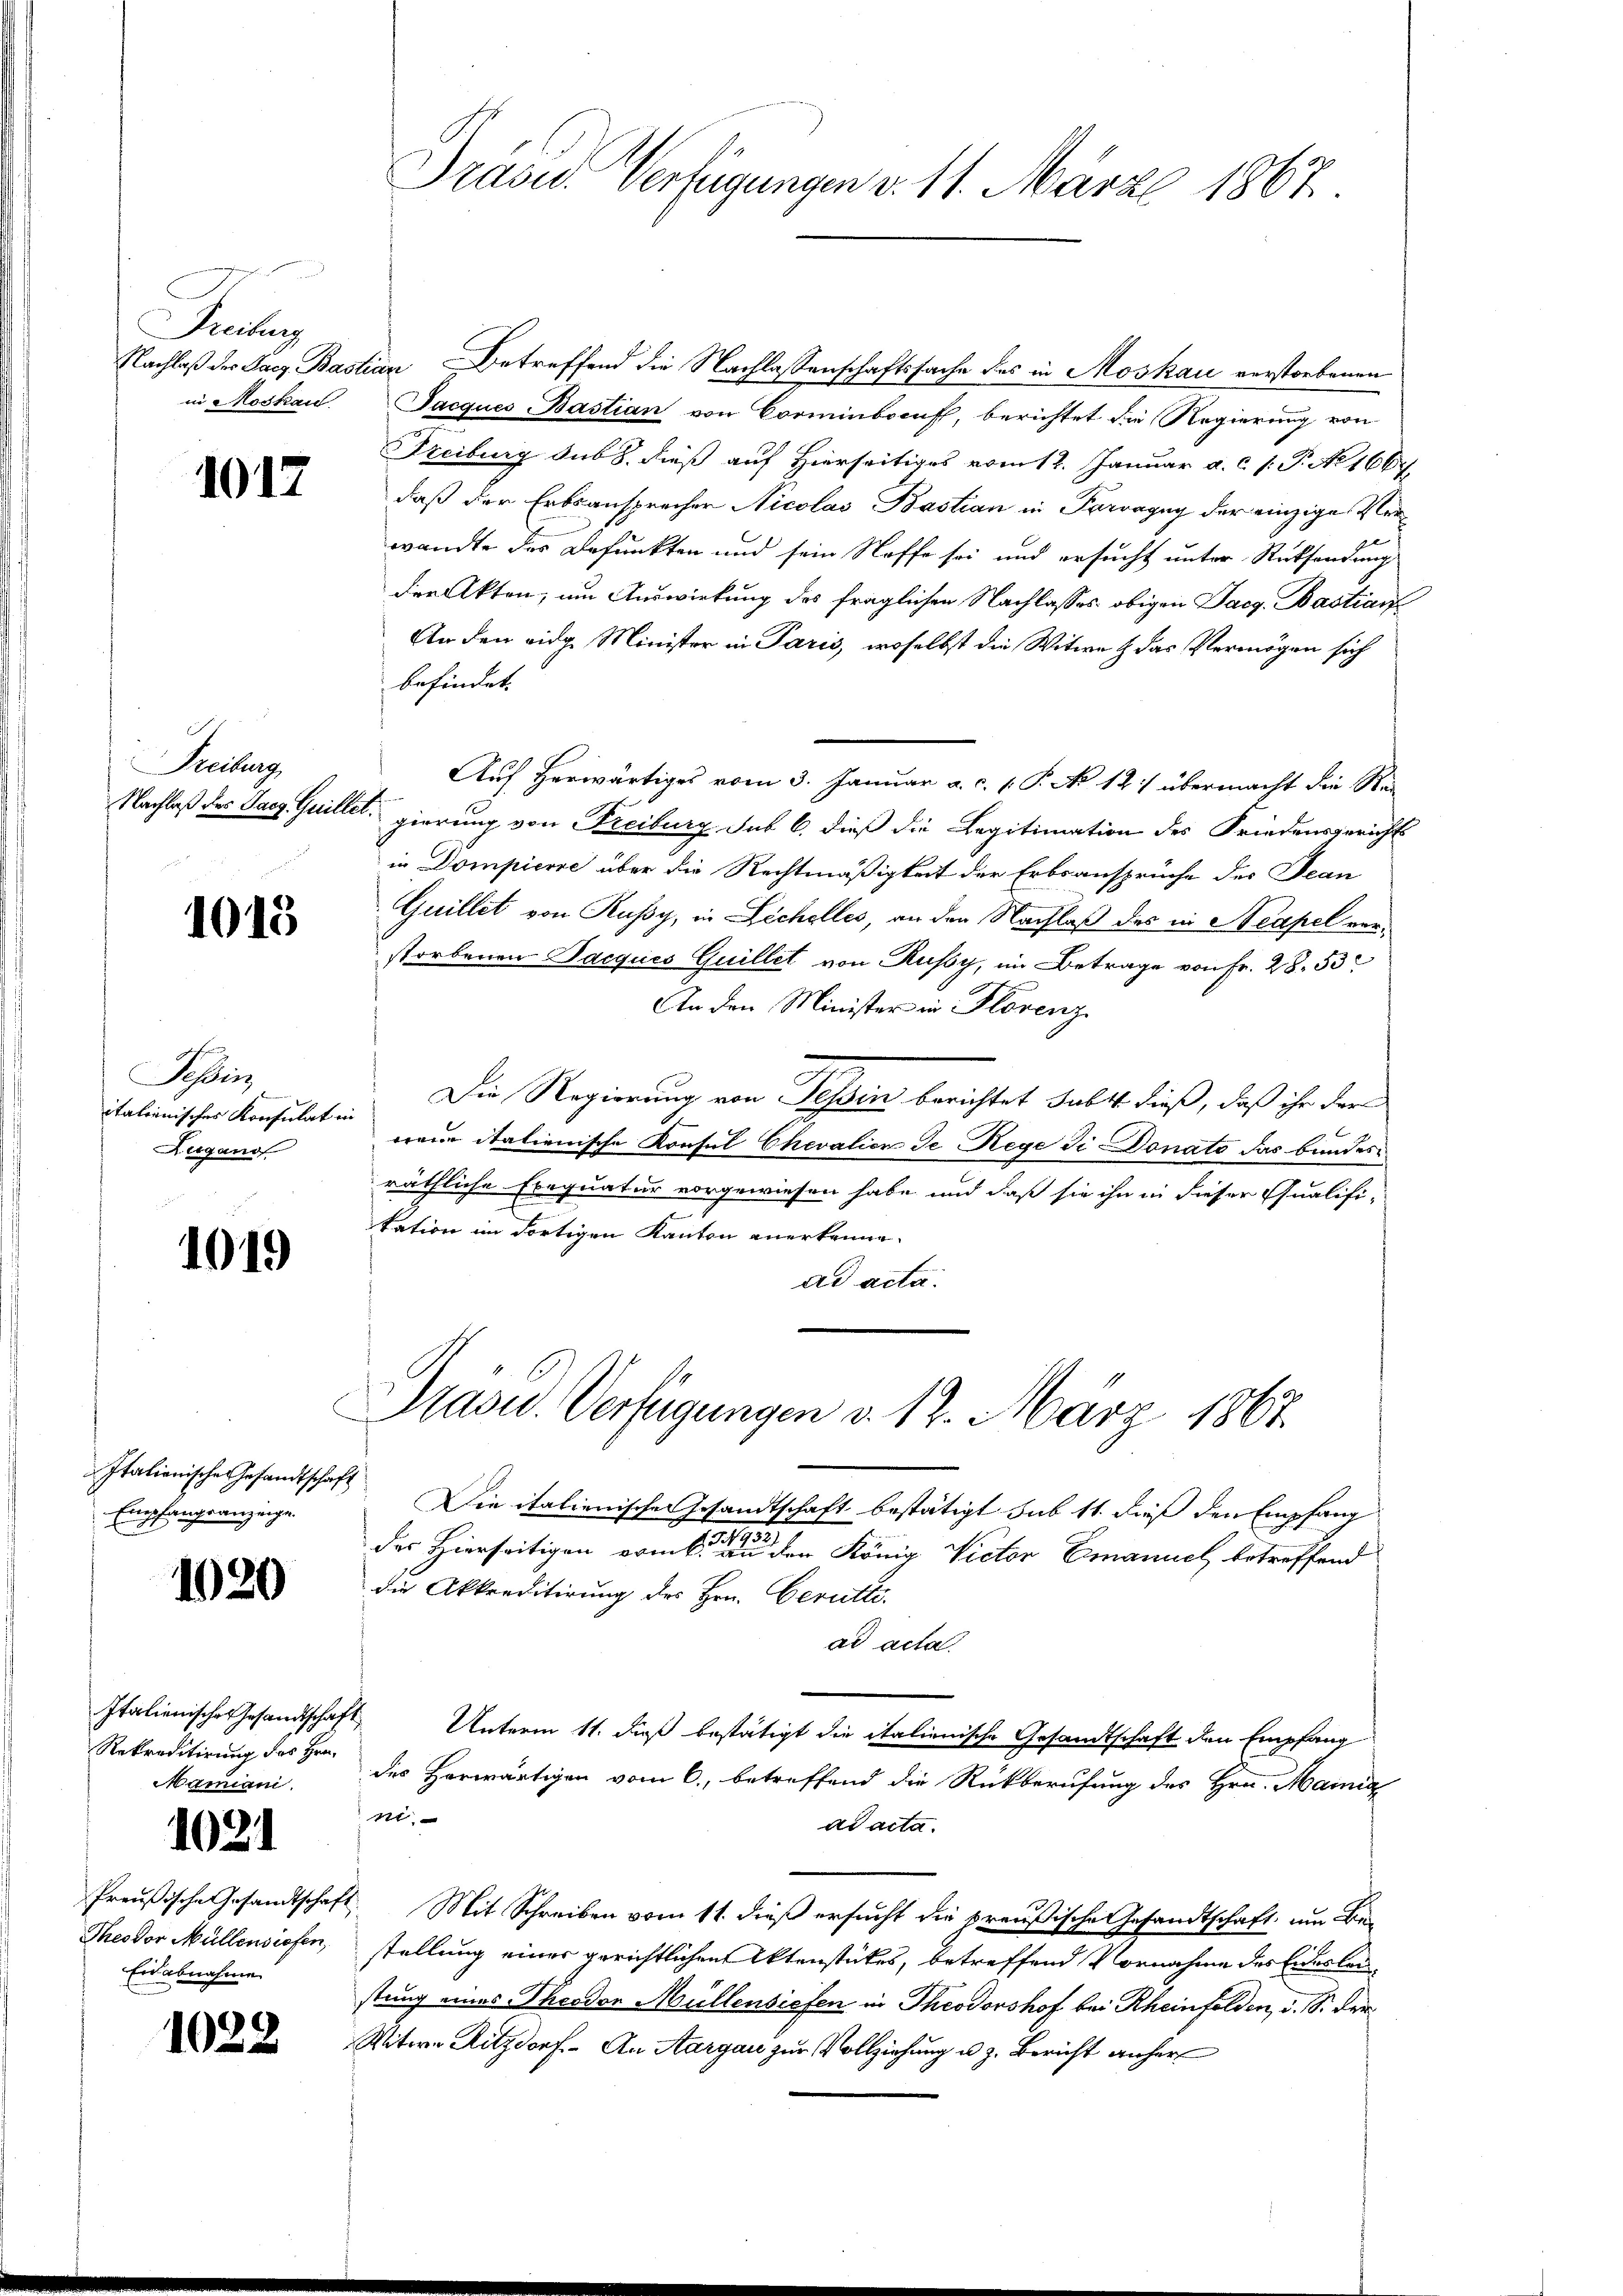
Freiburg
in Moskau

1017.

Freiburg,

1015

Schweiz
italienisches Konsulat u
Zugano

1019

Italienische Gesandtschaft
Empfangsanzeige.

1020

Italienisches Gesandtschaft
Rekreditirung des Hrn.
Mamiani.

1021

Theodor Müllensiofen,
Eidabnahme

1022

Präses Verfügungen d. 11. März 1867.

Nachlaß des Facz Bastian Betreffend die Nachlassenschaftssache des in Moskau verstorbenen
Jacques Bastian von Corminbruf, berichtet die Regierung von
Freiburg sub 8. dieß auf Hierseitiges vom 12. Januar a. c. (: P. No 166.
daß der Erbsansprecher Nicolas Bastian in Parvagny der einzige Verwandte des Befunkten und sein Stoffe sei und ersucht unter Rücksendung
den Akten, um Auswirkung des fraglichen Nachlasses obigen Pacg. Bastiarf
An den eidg. Minister in Paris, woselbst die Witwe & das Vermögen sich
befindet.
Auf herwärtiges vom 3. Januar a. c. 1. P. No 12. übermacht die Rei
Nachlaß des Sacz Guillet, gierung von Freiburg sub 6. dieß die Legitimation des Friedensgericht
in Dompiere über die Rechtmäßigkeit der Erbsansprüche des Jean
Guillet von Rußy, in Zechelles, an den Nachlaß des in Neapel verstorbenen Jacques Guillet von Russy, im Betrage von Fr. 28. 53
An den Minister in Florenz
Die Regierung von Tessin berichtet subst dieß, daß ihr der
e
reue italienische Konsul Chevalien de Rege di Donato das bundes
räthliche Exequatur vorgewiesen habe und daß sie ihn in dieser Qualifi-
kation im dortigen Kanton anerkenne.
ad acta.
Präsid. Verfügungen v. 12. März 1867.
Die italienische Gesandtschaft bestätigt sub 11. dieß den Empfang
1317.
des Hierseitigen erint.
in der König Victor Emanuel betreffend
die Akkreditirung des Hrn. Gerutti-
ad acta.
Unterm 11. daß bestätigt die italienische Gesandtschaft den Empfang
des Horwärtigen vom 6., betreffend die Rückberufung des Hrn. Mainig
t
ad acta.
Preußische Gesandtschaft. Mit Schreiben vom 11. dieß ersucht die preußische Gesandtschaft, um Be-
stellung einer gerichtlichen Aktenstückes, betreffend Vornahme des Eidesleustung eines Theodor Müllensichen in Theodorshof bei Rheinfelden, d. S. der¬
Witwe Ritzdorf. An Aargau zur Vollziehung u. z. Bericht anher